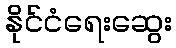
နိုင်ငံရေးဆွေး